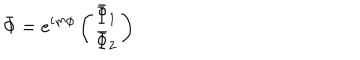
\bar { \Phi } = e ^ { i m \phi } \left( \begin{array} { c } { { \bar { \Phi } _ { 1 } } } \\ { { \bar { \Phi } _ { 2 } } } \\ \end{array} \right)